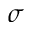
\sigma